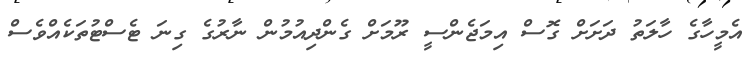
އެމީހާގެ ހާލަތު ދަށަށް ގޮސް އިމަޖެންސީ ރޫމަށް ގެންދިއުމުން ނާރުގެ ގިނަ ޓެސްޓުތަކެއްވެސް